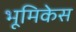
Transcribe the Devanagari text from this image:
भूमिकेस